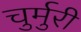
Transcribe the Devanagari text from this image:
चुर्मुरी